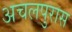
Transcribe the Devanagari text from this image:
अचलपुरास